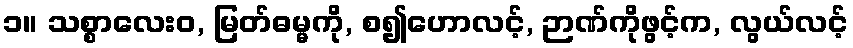
၁။ သစ္စာလေးဝ, မြတ်ဓမ္မကို, စ၍ဟောလင့်, ဉာဏ်ကိုဖွင့်က, လွယ်လင့်